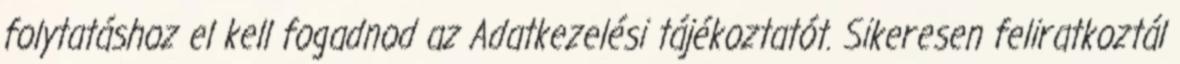
folytatáshoz el kell fogadnod az Adatkezelési tájékoztatót. Sikeresen feliratkoztál